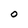
Character: O